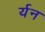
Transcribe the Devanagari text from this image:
र्यन